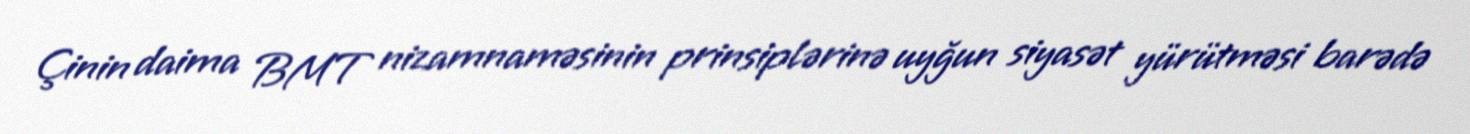
Çinin daima BMT nizamnaməsinin prinsiplərinə uyğun siyasət yürütməsi barədə